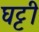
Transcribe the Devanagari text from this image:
घट्टी